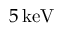
5 \, \mathrm { k e V }